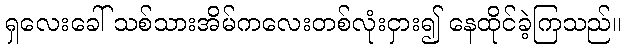
ရှလေးခေါ် သစ်သားအိမ်ကလေးတစ်လုံးငှား၍ နေထိုင်ခဲ့ကြသည်။